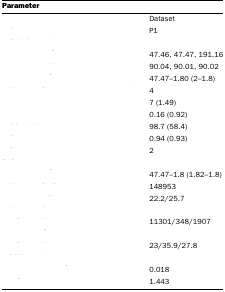
<table><thead><tr><td><b>Parameter</b></td><td>[EMPTY_CELL]</td></tr></thead><tbody><tr><td>[EMPTY_CELL]</td><td>Dataset</td></tr><tr><td>[EMPTY_CELL]</td><td>P1</td></tr><tr><td>[EMPTY_CELL]</td><td>[EMPTY_CELL]</td></tr><tr><td>[EMPTY_CELL]</td><td>47.46, 47.47, 191.16</td></tr><tr><td>[EMPTY_CELL]</td><td>90.04, 90.01, 90.02</td></tr><tr><td>[EMPTY_CELL]</td><td>47.47–1.80 (2–1.8)</td></tr><tr><td>[EMPTY_CELL]</td><td>4</td></tr><tr><td>[EMPTY_CELL]</td><td>7 (1.49)</td></tr><tr><td>[EMPTY_CELL]</td><td>0.16 (0.92)</td></tr><tr><td>[EMPTY_CELL]</td><td>98.7 (58.4)</td></tr><tr><td>[EMPTY_CELL]</td><td>0.94 (0.93)</td></tr><tr><td>[EMPTY_CELL]</td><td>2</td></tr><tr><td>[EMPTY_CELL]</td><td>[EMPTY_CELL]</td></tr><tr><td>[EMPTY_CELL]</td><td>47.47–1.8 (1.82–1.8)</td></tr><tr><td>[EMPTY_CELL]</td><td>148953</td></tr><tr><td>[EMPTY_CELL]</td><td>22.2/25.7</td></tr><tr><td>[EMPTY_CELL]</td><td>[EMPTY_CELL]</td></tr><tr><td>[EMPTY_CELL]</td><td>11301/348/1907</td></tr><tr><td>[EMPTY_CELL]</td><td>[EMPTY_CELL]</td></tr><tr><td>[EMPTY_CELL]</td><td>23/35.9/27.8</td></tr><tr><td>[EMPTY_CELL]</td><td>[EMPTY_CELL]</td></tr><tr><td>[EMPTY_CELL]</td><td>0.018</td></tr><tr><td>[EMPTY_CELL]</td><td>1.443</td></tr></tbody></table>